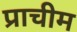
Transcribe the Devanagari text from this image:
प्राचीम